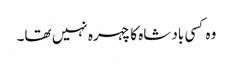
وہ کسی بادشاہ کا چہرہ نہیں تھا۔